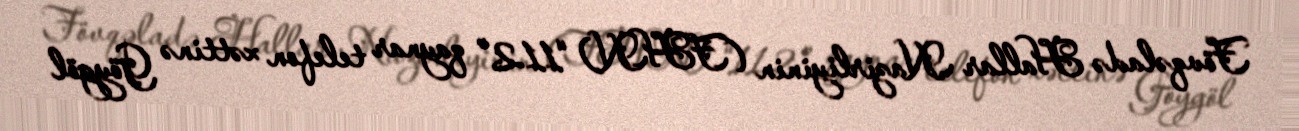
Fövqəladə Hallar Nazirliyinin (FHN) “112” qaynar telefon xəttinə Göygöl